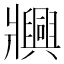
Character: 𬌐